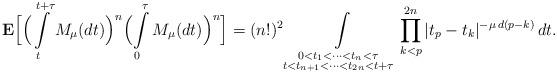
LaTeX: \begin{align*}{\bf E}\Bigl[\Bigl(\int\limits_t^{t+\tau} M_\mu(dt)\Bigr)^{n}\Bigl(\int\limits_0^\tau M_\mu(dt)\Bigr)^{n}\Bigr] = (n!)^2 \int\limits_{\substack{0<t_{1}<\cdots<t_{n}<\tau \\ t<t_{n+1}<\cdots<t_{2n}<t+\tau}} \prod\limits_{k<p}^{2n}|t_p-t_k|^{-\mu\,d(p-k)}\,dt.\end{align*}